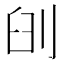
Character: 𠜃